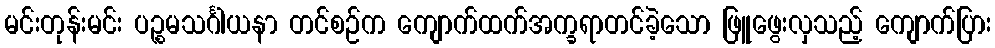
မင်းတုန်းမင်း ပဉ္စမသင်္ဂါယနာ တင်စဉ်က ကျောက်ထက်အက္ခရာတင်ခဲ့သော ဖြူဖွေးလှသည့် ကျောက်ပြား